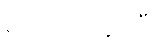
ရပ်တည်နိုင်ပြီး